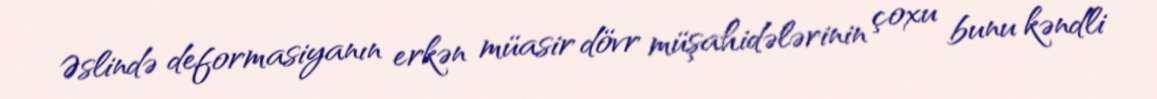
Əslində deformasiyanın erkən müasir dövr müşahidələrinin çoxu bunu kəndli